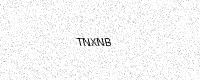
Text: TNXNB